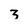
Character: 3